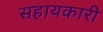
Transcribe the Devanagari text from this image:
सहायकारी